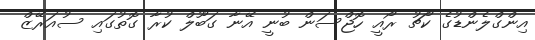
އިންގްލެންޑުގެ ކޯޗު ރޯއީ ހޮޖްސަން ބުނީ އޭނާ ގަބޫލް ކުރާ ގޮތުގައި ސުއަރޭޒް